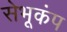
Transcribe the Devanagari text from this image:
सेभूकंप